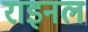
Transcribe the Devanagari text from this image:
राइनल